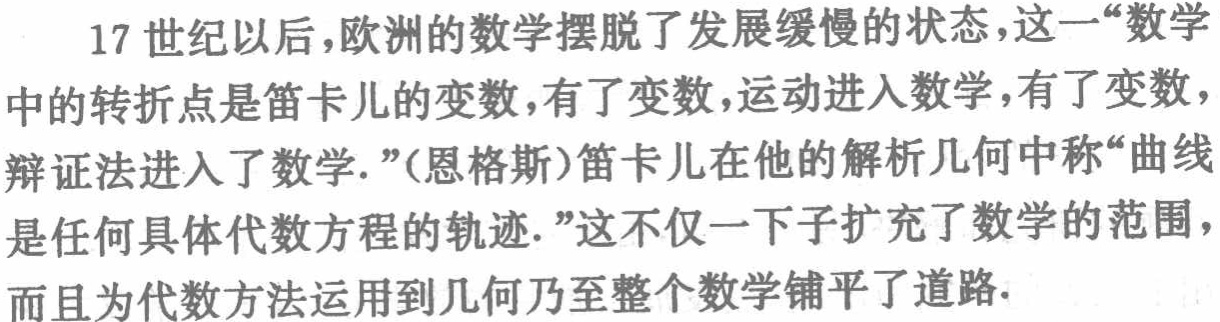
17世纪以后，欧洲的数学摆脱了发展缓慢的状态，这一“数学中的转折点是笛卡儿的变数，有了变数，运动进入数学，有了变数，辩证法进入了数学.”（恩格斯）笛卡儿在他的解析几何中称“曲线是任何具体代数方程的轨迹.”这不仅一下子扩充了数学的范围，而且为代数方法运用到几何乃至整个数学铺平了道路.